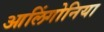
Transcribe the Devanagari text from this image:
आलिंगोनिया